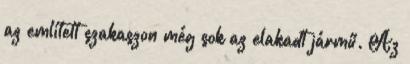
az említett szakaszon még sok az elakadt jármű. Az